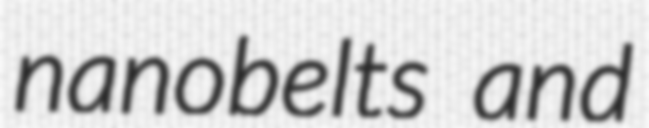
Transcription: nanobelts and